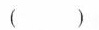
()